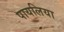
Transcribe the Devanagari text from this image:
पायलिया